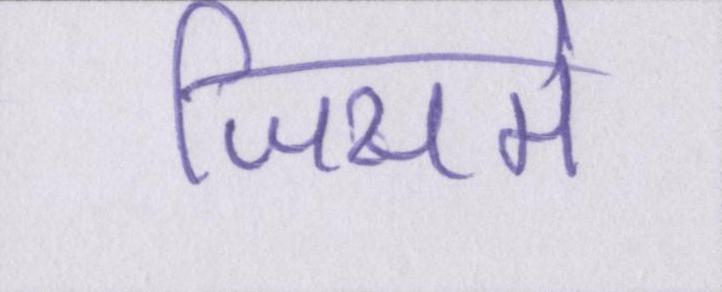
जिसमे